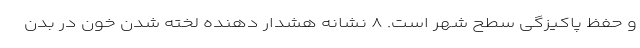
و حفظ پاکیزگی سطح شهر است. ۸ نشانه هشدار دهنده لخته شدن خون در بدن